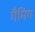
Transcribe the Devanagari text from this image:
गैमिग